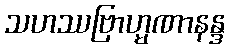
သဟဿဗြာဟ္မဏာနန္ဒ